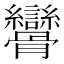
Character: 𩪾